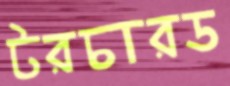
টরচারড